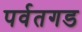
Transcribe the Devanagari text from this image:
पर्वतगड